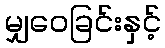
မျှဝေခြင်းနှင့်